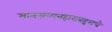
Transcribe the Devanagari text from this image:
मानसव्यवहाराबद्दलचे